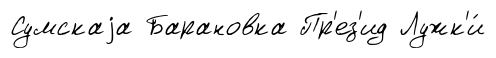
Сумскаjа Барановка Пр'ез'ид Лужк'и́